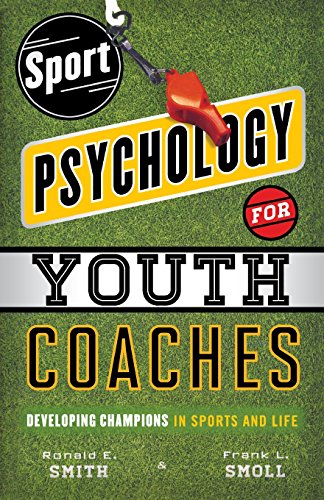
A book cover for Sport Psychology for Youth Coaches: Developing Champions in Sports and Life; Ronald E. Smith; Sports & Outdoors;